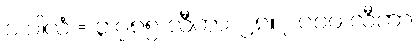
၁ ဂါလံ = ၃.၇၈၅ လီတာ၊ ၂၈။ ၂၀၀၀ လီတာ